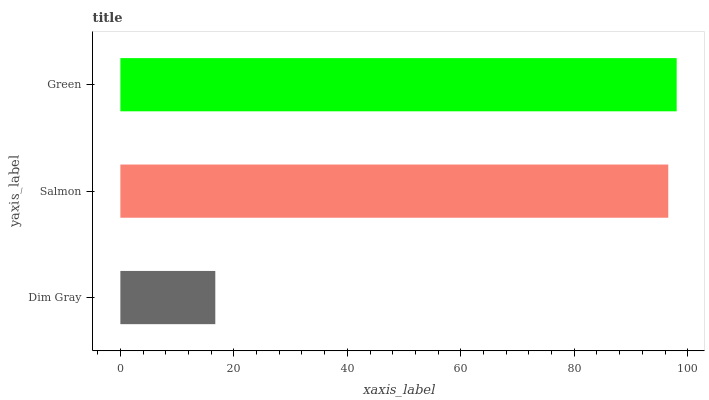
| yaxis_label | bars |
 | --- | --- |
 | Dim Gray | 16.7 |
 | Salmon | 96.6 |
 | Green | 98.1 |